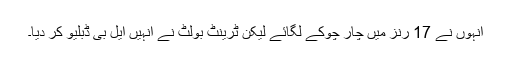
انہوں نے 17 رنز میں چار چوکے لگائے لیکن ٹرینٹ بولٹ نے انہیں ایل بی ڈبلیو کر دیا۔